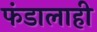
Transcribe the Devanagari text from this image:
फंडालाही